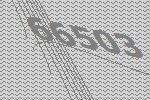
66503